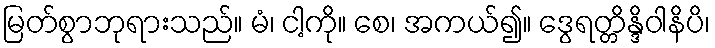
မြတ်စွာဘုရားသည်။ မံ၊ ငါ့ကို။ စေ၊ အကယ်၍။ ဒွေရတ္တိန္ဒိဝါနိပိ၊